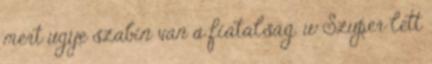
mert ugye szabin van a fiatalság. w Szuper lett